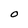
Character: O